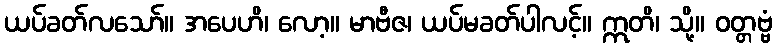
ယပ်ခတ်လသော်။ အပေဟိ၊ လော့။ မာဗီဇ၊ ယပ်မခတ်ပါလင့်။ ဣတိ၊ သို့။ ဝတ္တဗ္ဗံ